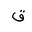
Letter: _qaf